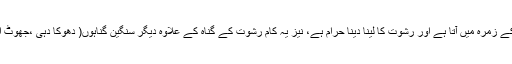
واضح رہے کہ پیسہ دے کر ڈگری حاصل کرنا جائز نہیں، شرعاً یہ رشوت کے زمرہ میں آتا ہے اور رشوت کا لینا دینا حرام ہے، نیز یہ کام رشوت کے گناہ کے علاوہ دیگر سنگین گناہوں( دھوکا دہی ،جھوٹ اور دوسروں کا حق مارنے ) پر مشتمل ہونے کی وجہ سے سخت ممنوع ہے۔